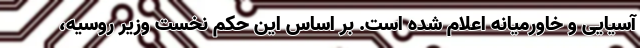
آسیایی و خاورمیانه اعلام شده است. بر اساس این حکم نخست وزیر روسیه،